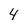
Character: 4